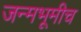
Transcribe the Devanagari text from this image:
जन्मभूमीच